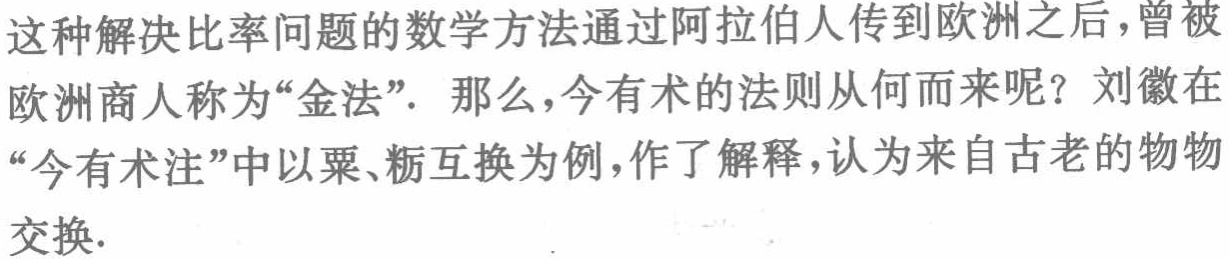
这种解决比率问题的数学方法通过阿拉伯人传到欧洲之后，曾被欧洲商人称为“金法”． 那么，今有术的法则从何而来呢？刘徽在“今有术注”中以粟、粝互换为例，作了解释，认为来自古老的物物交换.